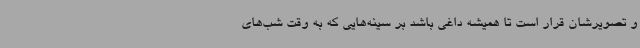
و تصویرشان قرار است تا همیشه داغی باشد بر سینه‌هایی که به وقت شب‌های